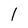
Character: l